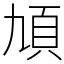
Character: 頄